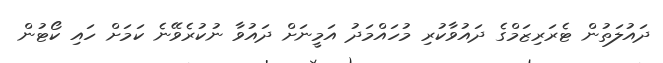
ދައުލަތުން ޓެރަރިޒަމްގެ ދައުވާކުރި މުހައްމަދު އަމީނަށް ދައުވާ ނުކުރެވޭނެ ކަމަށް ހައި ކޯޓުން